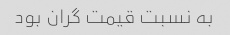
به نسبت قیمت گران بود